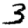
Digit: 3